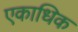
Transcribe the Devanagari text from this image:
एकाधिक